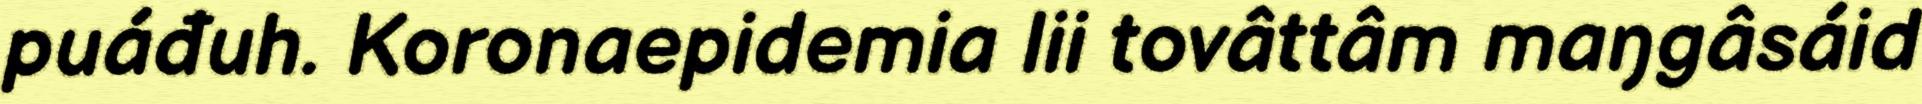
puáđuh. Koronaepidemia lii tovâttâm maŋgâsáid